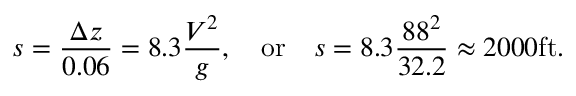
s = { \frac { \Delta z } { 0 . 0 6 } } = 8 . 3 { \frac { V ^ { 2 } } { g } } , \quad { \mathrm { o r } } \quad s = 8 . 3 { \frac { 8 8 ^ { 2 } } { 3 2 . 2 } } \approx 2 0 0 0 { \mathrm { f t } } .